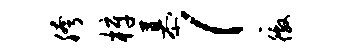
胯梓慕！徼